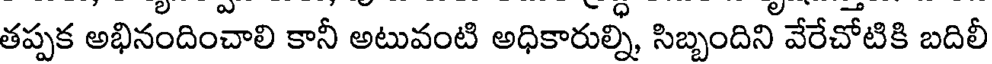
తప్పక అభినందించాలి కానీ అటువంటి అధికారుల్ని, సిబ్బందిని వేరేచోటికి బదిలీ